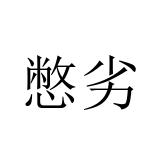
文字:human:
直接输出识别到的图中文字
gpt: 憋劣